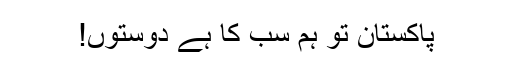
پاکستان تو ہم سب کا ہے دوستوں!